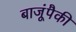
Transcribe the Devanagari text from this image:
बाजूंपैकी